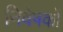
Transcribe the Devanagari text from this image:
निवेषकों